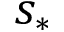
s _ { * }